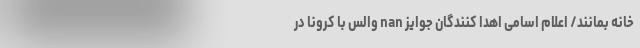
خانه بمانند/ اعلام اسامی اهدا کنندگان جوایز nan والس با کرونا در